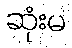
ဆုံးမ